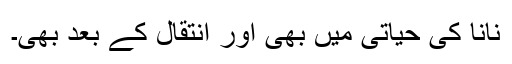
نانا کی حیاتی میں بھی اور انتقال کے بعد بھی۔